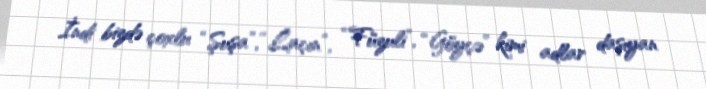
İndi bizdə çoxlu “Şuşa”, “Laçın”, “Füzuli”, “Göyçə” kimi adlar daşıyan